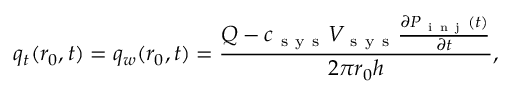
q _ { t } ( r _ { 0 } , t ) = q _ { w } ( r _ { 0 } , t ) = \frac { Q - c _ { \mathrm { ~ s ~ y ~ s ~ } } V _ { \mathrm { ~ s ~ y ~ s ~ } } \frac { \partial P _ { \mathrm { ~ i ~ n ~ j ~ } } ( t ) } { \partial t } } { 2 \pi r _ { 0 } h } ,